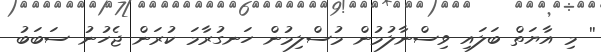
'' މި އާޔަތް ބަލައި ވިސްނާލުމުން މުސްލިމުން ހަނގުރާމަ ކުރަން ޖެހުނު ސަބަބު